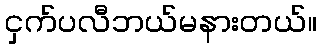
ငှက်ပလီဘယ်မနားတယ်။